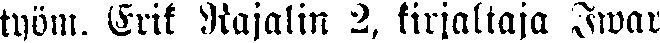
työm. Erik Rajalin 2, kirjaltaja Iwar